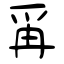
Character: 爯